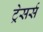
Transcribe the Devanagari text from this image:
ट्रेसर्स